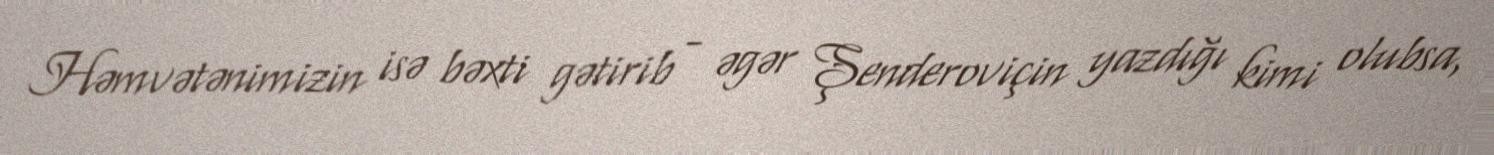
Həmvətənimizin isə bəxti gətirib - əgər Şenderoviçin yazdığı kimi olubsa,